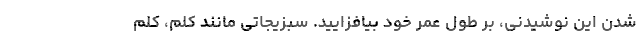
شدن این نوشیدنی، بر طول عمر خود بیافزایید. سبزیجاتی مانند کلم، کلم